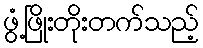
ဖွံ့ဖြိုးတိုးတက်သည့်